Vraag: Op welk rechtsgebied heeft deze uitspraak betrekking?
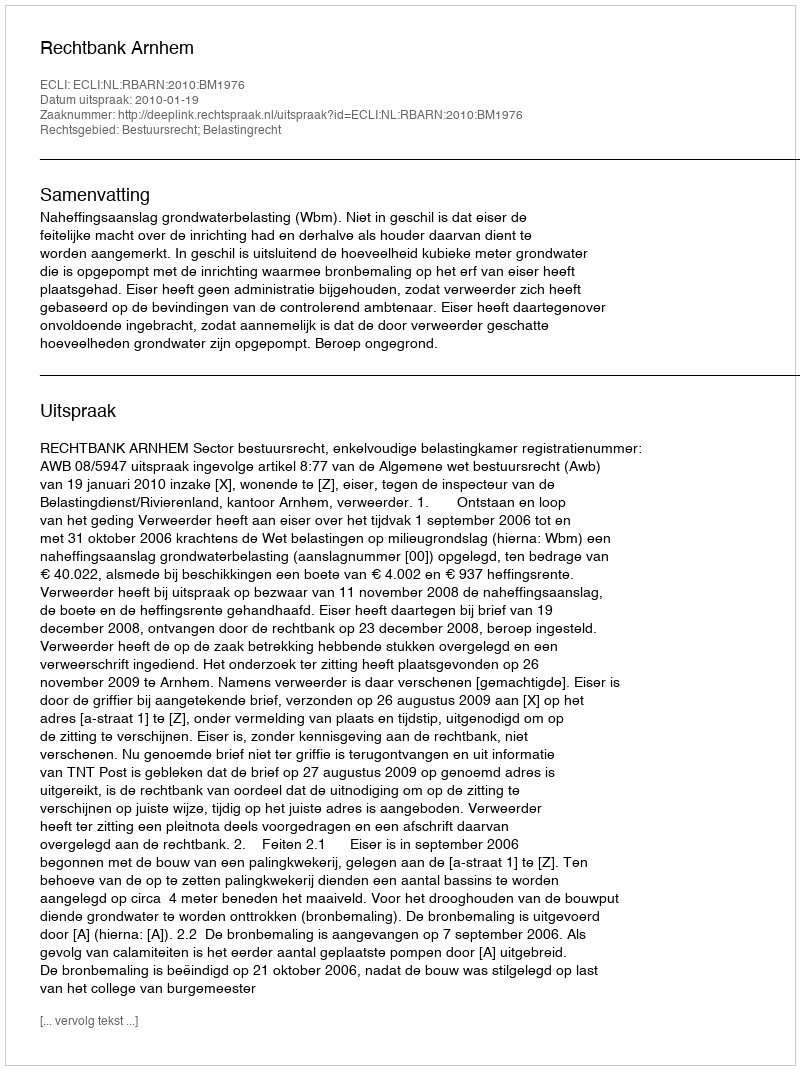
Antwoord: Bestuursrecht; Belastingrecht